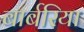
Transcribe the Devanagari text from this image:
बार्बरिया